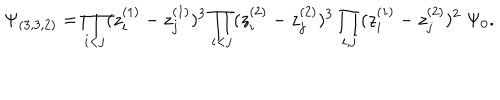
\Psi _ { ( 3 , 3 , 2 ) } = \prod _ { i < j } ( z _ { i } ^ { ( 1 ) } - z _ { j } ^ { ( 1 ) } ) ^ { 3 } \prod _ { i < j } ( z _ { i } ^ { ( 2 ) } - z _ { j } ^ { ( 2 ) } ) ^ { 3 } \prod _ { i , j } ( z _ { i } ^ { ( 1 ) } - z _ { j } ^ { ( 2 ) } ) ^ { 2 } \; \Psi _ { 0 } .